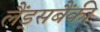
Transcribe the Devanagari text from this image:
लैंड्सबैंकी